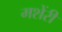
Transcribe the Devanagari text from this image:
मशेंरी